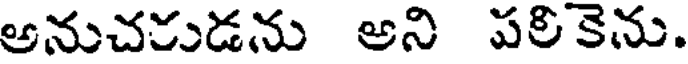
అనుచకుడను అని పలికెను.